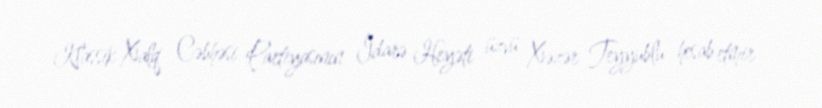
Klassik Xalq Cəbhəsi Partiyasının İdarə Heyəti üzvü Xəzər Teyyublu hesab etmir